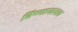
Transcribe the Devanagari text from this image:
विष्णायामल